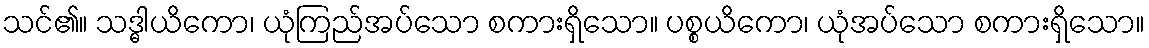
သင်၏။ သဒ္ဓါယိကော၊ ယုံကြည်အပ်သော စကားရှိသော။ ပစ္စယိကော၊ ယုံအပ်သော စကားရှိသော။